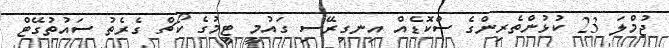
ޖުމްލަ 23 ކުޅުންތެރިންގެ ސްކޮޑެއް އިނގިރޭސި ގައުމީ ޓީމުގެ ކޯޗް ގެރެތު ސައުތުގޭޓް